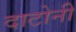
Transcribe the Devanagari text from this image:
दाटोनी